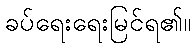
ခပ်ရေးရေးမြင်ရ၏။